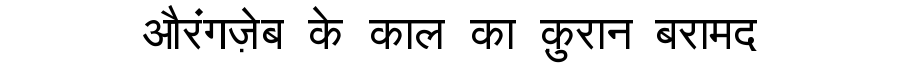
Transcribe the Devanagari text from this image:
औरंगज़ेब के काल का क़ुरान बरामद